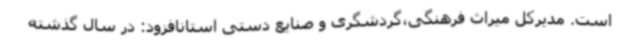
است. مدیرکل میراث فرهنگی،گردشگری و صنایع دستی استانافزود: در سال گذشته